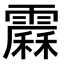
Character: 𩅩